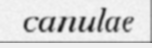
canulae